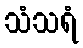
သံသရံ